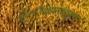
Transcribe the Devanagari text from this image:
गुरूदीक्षापराङ्मुखाः